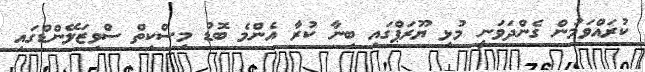
ކުރައްވަމުން ގެންދަވަނީ މުޅި ޔޫރަޕްގައި ބިނާ ކުރާ އެންމެ ބޮޑު މިސްކިތް ސްވިޒަލޭންޑްގައި